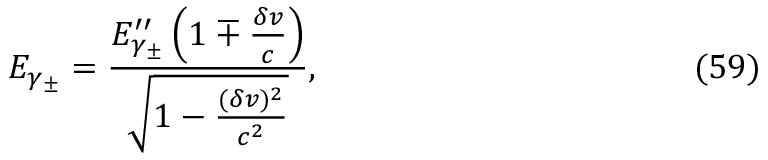
E _ { \gamma _ { \pm } } = \frac { E _ { \gamma _ { \pm } } ^ { \prime \prime } \left( 1 \mp \frac { \delta v } { c } \right) } { \sqrt { 1 - \frac { ( \delta v ) ^ { 2 } } { c ^ { 2 } } } } , \eqno ( 5 9 )